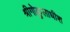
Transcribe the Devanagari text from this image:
श्रीगोकुलाधीश